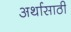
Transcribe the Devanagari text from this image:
अर्थासाठी